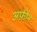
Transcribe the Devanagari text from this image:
अफ़ीन